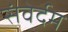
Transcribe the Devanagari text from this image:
संवेर्दम